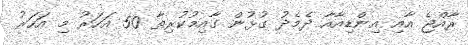
ރާއްޖެ އާއި އިންޑިއާއާ ދެމެދު ގުޅުން ގާއިމުކުރިތާ 50 އަހަރު މި އަހަރު